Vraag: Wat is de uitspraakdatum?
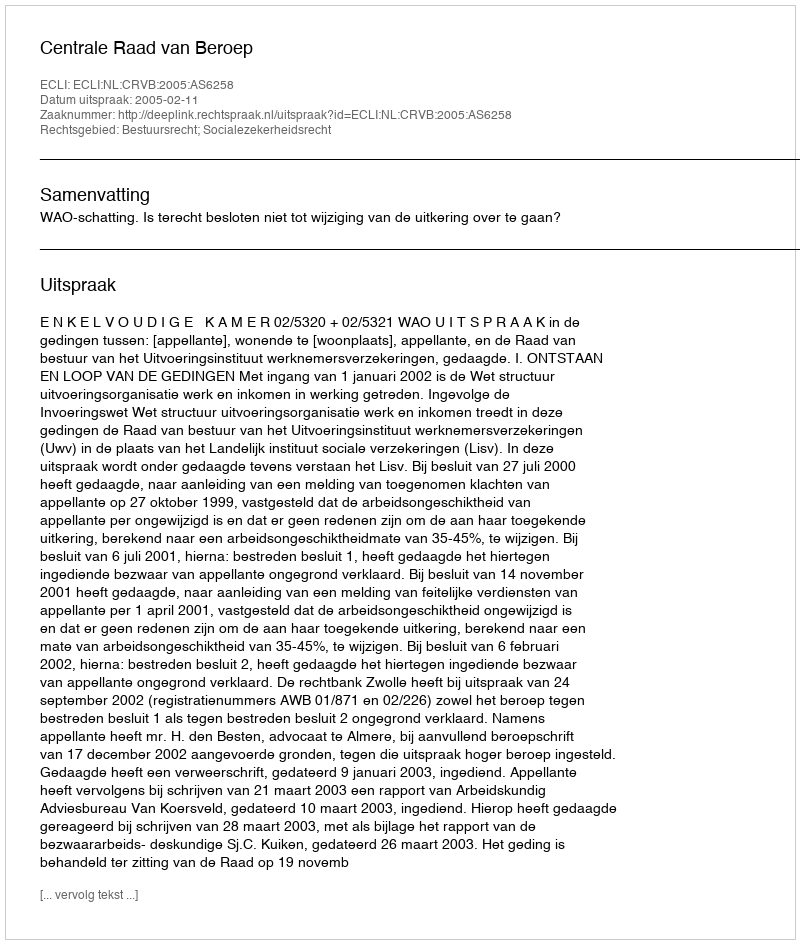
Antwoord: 2005-02-11